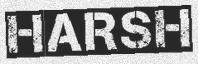
HARSH